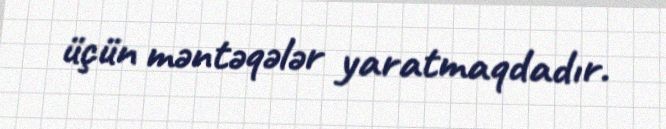
üçün məntəqələr yaratmaqdadır.